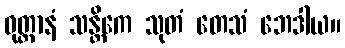
ဝုတ္တာနံ သန္တိကေ သုတံ တေသံ ဘေဒါယ။